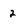
Character: 2